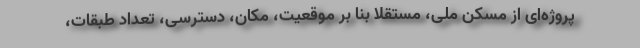
پروژه‌ای از مسکن ملی، مستقلا بنا بر موقعیت، مکان، دسترسی، تعداد طبقات،